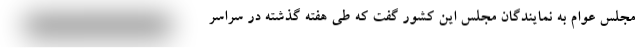
مجلس عوام به نمایندگان مجلس این کشور گفت که طی هفته گذشته در سراسر